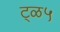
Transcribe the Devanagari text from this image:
ट्ळ५